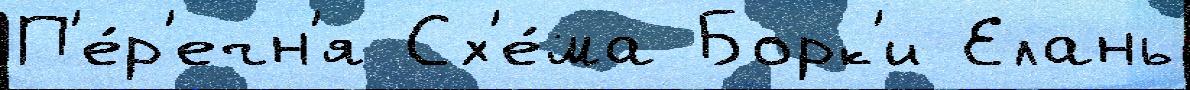
П'е́р'ечн'я Сх'е́ма Борк'и Елань